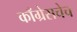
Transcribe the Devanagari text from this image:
काँग्रेसचेच